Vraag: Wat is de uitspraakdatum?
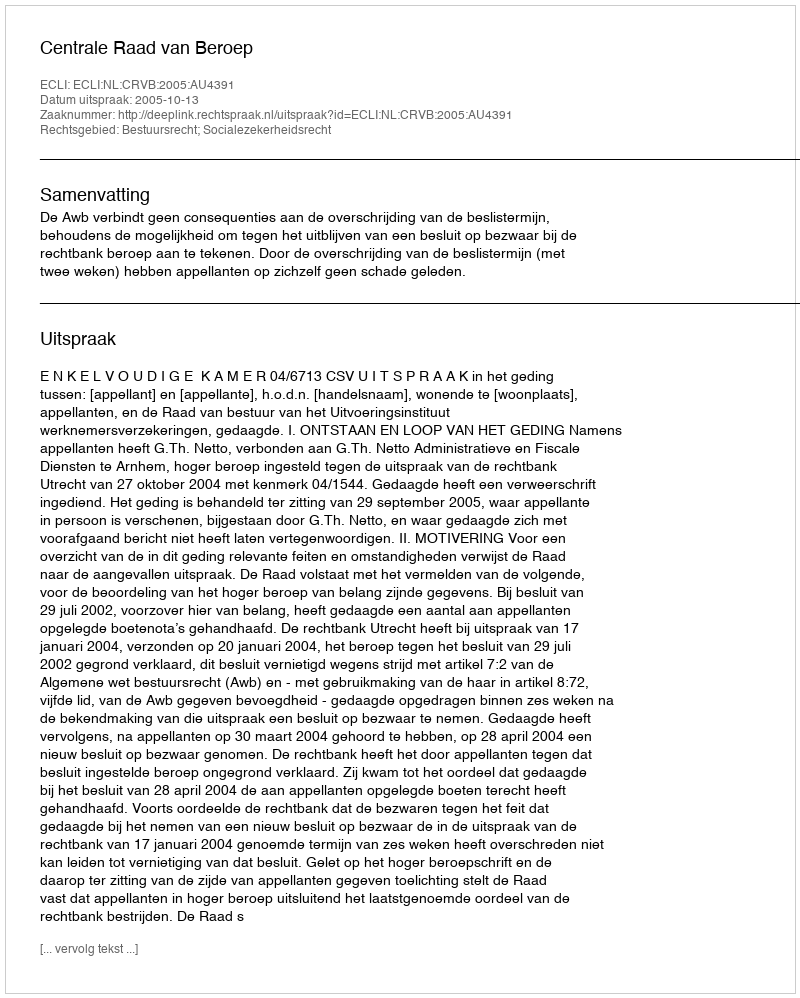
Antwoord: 2005-10-13